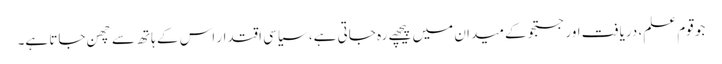
جو قوم علم، دریافت اور جستجو کے میدان میں پیچھے رہ جاتی ہے، سیاسی اقتدار اس کے ہاتھ سے چھن جاتا ہے۔